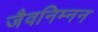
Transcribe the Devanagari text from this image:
जैवनिम्‍नन